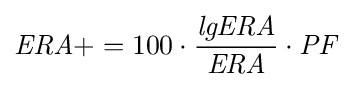
{\mathit {ERA+}}=100\cdot {{\mathit {lgERA}} \over {\mathit {ERA}}}\cdot {\mathit {PF}}